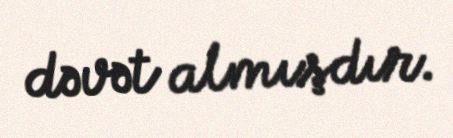
dəvət almışdır.